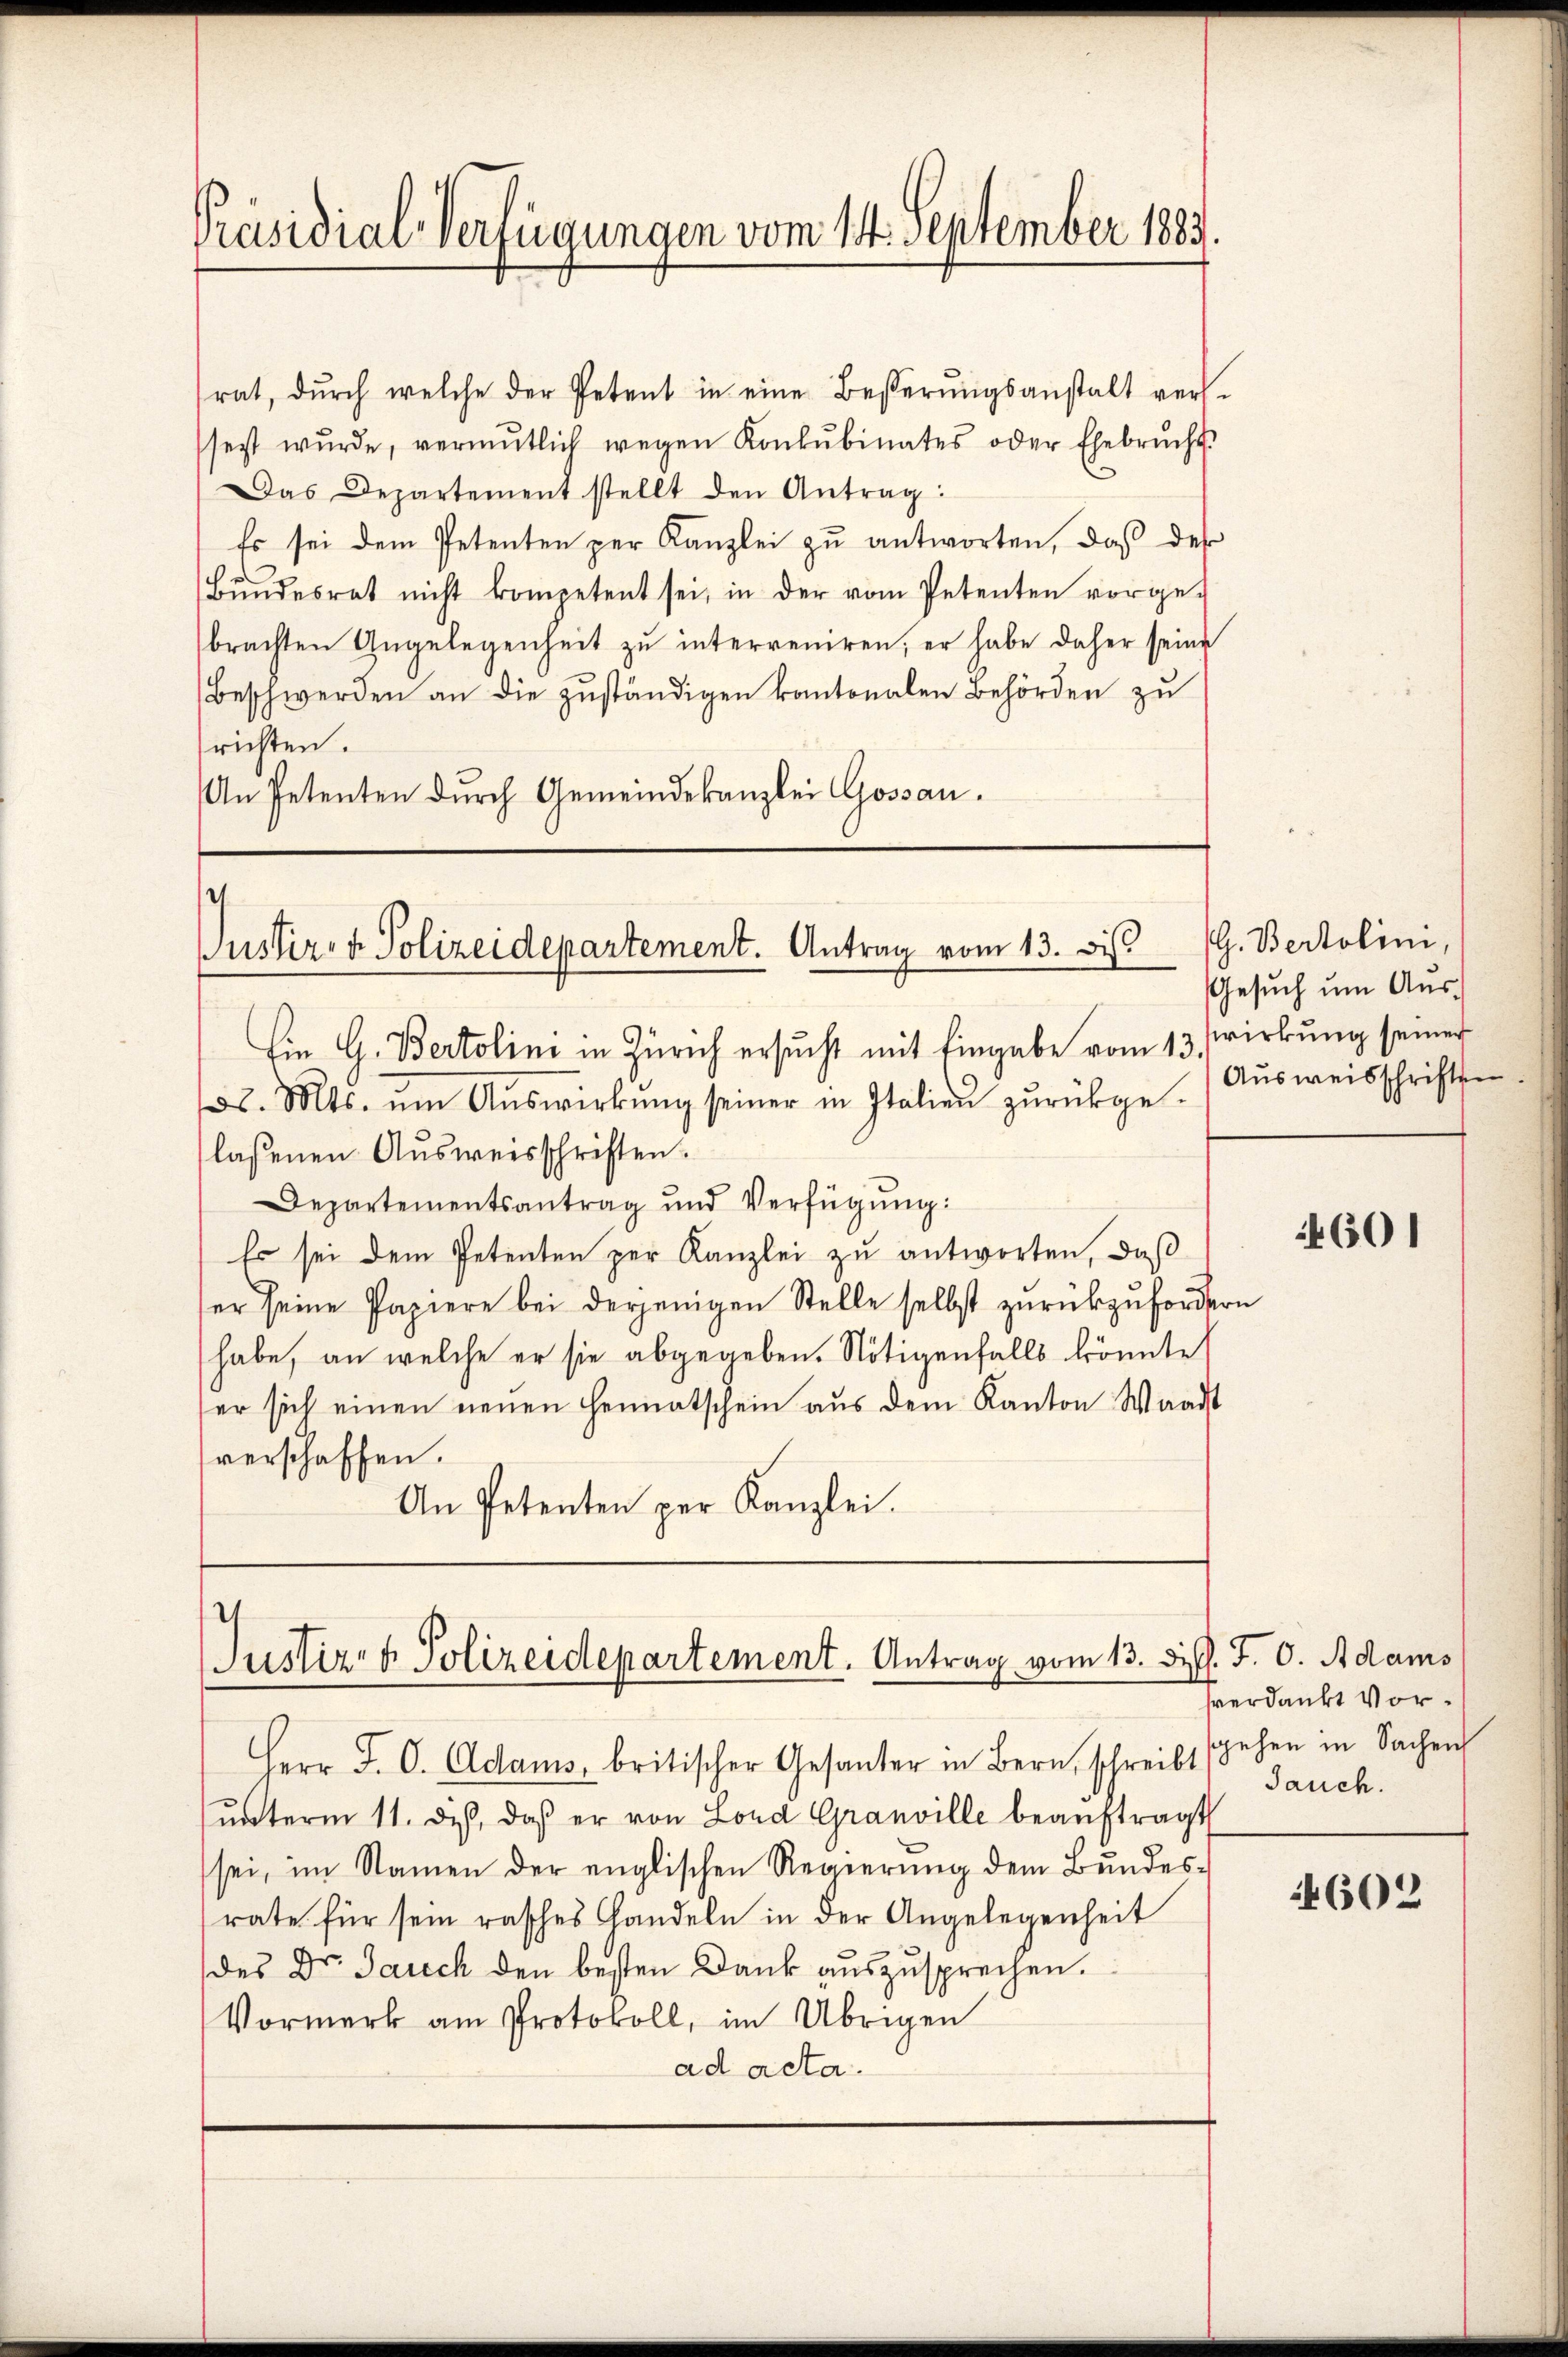
Präsidial-Verfügungen vom 14. September 1883.

rat, dŭrch welche der Petent in eine Besserŭngsanstalt ver-
sezt wŭrde, vermutlich wegen Konkubinates oder Ehebrŭcht
Das Departement stellt den Antrag:
Es sei dem Petenten per Kanzlei zu antworten, daß des
Bŭndesrat nicht kompetent sei, in der vom Petenten vorge-
brachten Angelegenheit zu interreniren, er habe daher seine
Beschwerden an die zuständigen kantonalen Behörden zu
richten.
An Petenten durch Gemeindekanzlei Gossau.

e
Justiz- & Polizeidepartement. Antrag vom 13. bis 19. Bertolini,

Ein G. Bertolini in Zürich ersucht mit Eingabe vom 13. Wirkung seiner
58. Mts. ŭm Aŭswirkŭng seiner in Italien zŭrückge-
lassenen Ausweisschriften.
Departementsantrag und Verfügŭng:
Es sei dem Petenten per Kanzlei zu antworten, daß
ser seine Papiere bei derjenigen Stelle selbst zurückzufordern
habe, an welche er sie abgegeben. Nötigenfalls könnte
ser sich einen neuen Heimatschein aus dem Kanton Waadt
verschaffen.
An Petenten per Kanzlei.

.
Justiz- & Polizeidepartement. Antrag vom 13. dipl. J. C. Adams

Herr J. C. Adams, britischer Gesanter in Bern, schreibt sehen in Sachen
ŭnterm 11. des, daß er von Lond Granville beaŭftragt
sei, im Namen der englischen Regierung dem Bundesrate für sein rasches Handeln in der Angelegenheit
des Dr. Jauch den besten Dank auszusprechen.
Vormerk am Protokoll, im Übrigen
ad acta.

Gesuch um Aus¬
Ausweisschriften

4601

verdankt Vor¬
Jauch.

4602